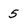
Character: 5